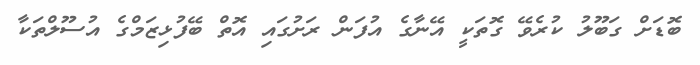
ބޮޑަށް ގަބޫލު ކުރެވޭ ގޮތަކީ އޭނާގެ އުފަން ރަށުގައި އޮތް ބޭފުޅިޒަމްގެ އުސޫލްތަކާ